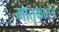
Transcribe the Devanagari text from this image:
मातृकातंत्र